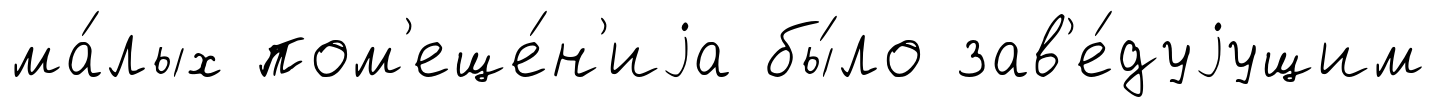
ма́лых пом'еще́н'иjа бы́ло зав'е́дуjущим